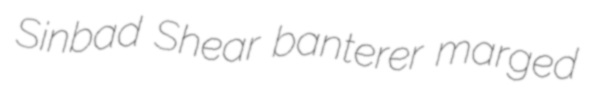
Sinbad Shear banterer marged